Code of medical and sanitary regulations for the guidance of medical officers serving in the Madras Presidency - Volume I
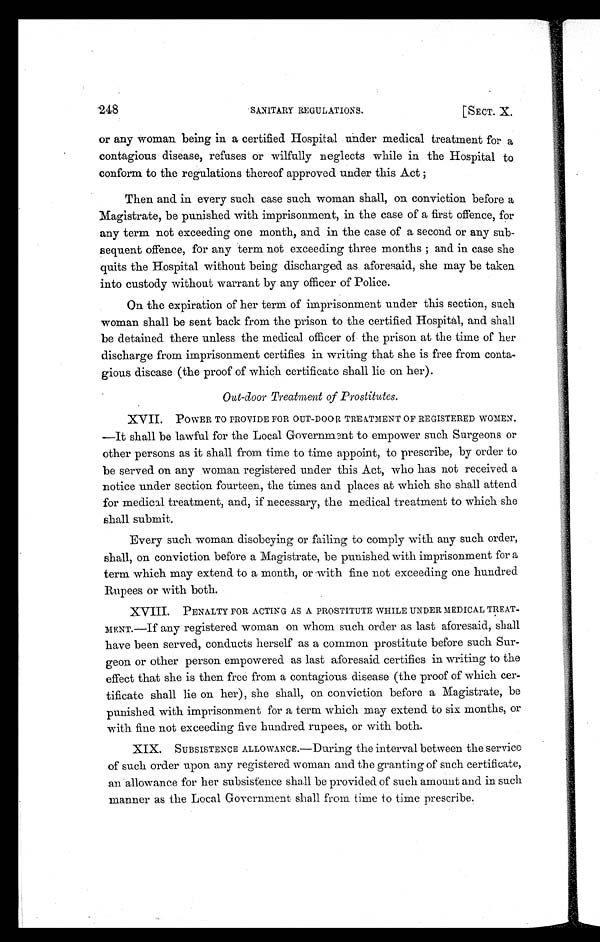
248 SANITARY REGULATIONS. [SECT. X.
or any Woman being in a certified Hospital under medical treatment for a
contagious disease, refuses or wilfully neglects while in the Hospital to
conform to the regulations thereof approved under this Act ;
Then and in every such case such woman shall, on conviction before a
Magistrate, be punished with imprisonment, in the case of a first offence, for
any term not exceeding one month, and in the case of a second or any sub-
sequent offence, for any term not exceeding three months ; and in case she
quits the Hospital without being discharged as aforesaid, she may be taken
into custody without warrant by any officer of Police.
On the expiration of her term of imprisonment under this section, such
woman shall be sent back from the prison to the certified Hospital, and shall
be detained there unless the medical officer of the prison at the time of her
discharge from imprisonment certifies in writing that she is free from conta-
gious disease (the proof of which certificate shall lie on her).
Out-door Treatment of Prostitutes.
XVII. POWER TO PROVIDE FOR OUT-DOOR TREATMENT OF REGISTERED WOMEN.
—It shall be lawful for the Local Government to empower such Surgeons or
other persons as it shall from time to time appoint, to prescribe, by order to
be served on any woman registered under this Act, who has not received a
notice under section fourteen, the times and places at which she shall attend
for medical treatment, and, if necessary, the medical treatment to which she
shall submit.
Every such woman disobeying or failing to comply with any such order,
shall, on conviction before a Magistrate, be punished with imprisonment for a
term which may extend to a month, or with fine not exceeding one hundred
Rupees or with both.
XVIII. PENALTY FOR ACTING AS A PROSTITUTE WHILE UNDER MEDICAL TREAT-
MENT.—If any registered woman on whom such order as last aforesaid, shall
have been served, conducts herself as a common prostitute before such Sur-
geon or other person empowered as last aforesaid certifies in writing to the
effect that she is then free from a contagious disease (the proof of which cer-
tificate shall lie on her), she shall, on conviction before a Magistrate, be
punished with imprisonment for a term which may extend to six months, or
with fine not exceeding five hundred. rupees, or with both.
XIX. SUBSISTENCE ALLOWANCE.—During the interval between the service
of such order upon any registered woman and the granting of such certificate,
an allowance for her subsistence shall be provided of such amount and in such
manner as the Local Government shall from time to time prescribe.